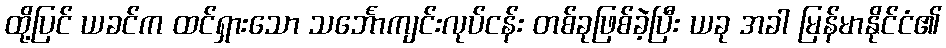
ထို့ပြင် ယခင်က ထင်ရှားသော သင်္ဘောကျင်းလုပ်ငန်း တစ်ခုဖြစ်ခဲ့ပြီး ယခု အခါ မြန်မာနိုင်ငံ၏